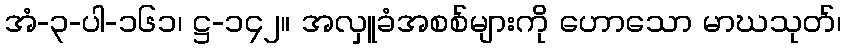
အံ-၃-ပါ-၁၆၁၊ ဋ္ဌ-၁၄၂။ အလှူခံအစစ်များကို ဟောသော မာဃသုတ်၊